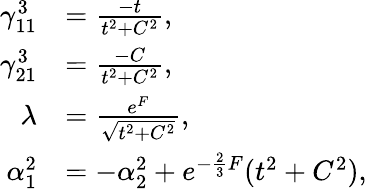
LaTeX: \begin{array}{rl}{\gamma_{11}^{3}}&{=\frac{-t}{t^{2}+C^{2}},}\\ {\gamma_{21}^{3}}&{=\frac{-C}{t^{2}+C^{2}},}\\ {\lambda}&{=\frac{e^{F}}{\sqrt{t^{2}+C^{2}}},}\\ {\alpha_{1}^{2}}&{=-\alpha_{2}^{2}+e^{-\frac{2}{3}F}(t^{2}+C^{2}),}\end{array}